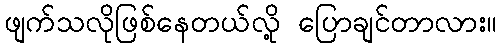
ဖျက်သလိုဖြစ်နေတယ်လို့ ပြောချင်တာလား။